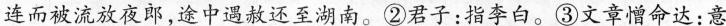
连而被流放夜郎，途中遇赦还至湖南。②君子：指李白。③文章憎命达：意